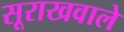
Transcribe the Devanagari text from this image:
सूराखवाले